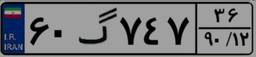
۶۰گ۷۴۷۳۶